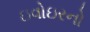
ઇવોઇરનો